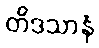
တိဒသာနံ